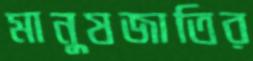
মানুষজাতির